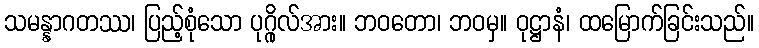
သမန္နာဂတဿ၊ ပြည့်စုံသော ပုဂ္ဂိုလ်အား။ ဘဝတော၊ ဘဝမှ။ ဝုဋ္ဌာနံ၊ ထမြောက်ခြင်းသည်။